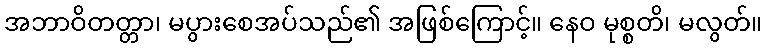
အဘာဝိတတ္တာ၊ မပွားစေအပ်သည်၏ အဖြစ်ကြောင့်။ နေဝ မုစ္စတိ၊ မလွတ်။